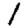
Digit: 1